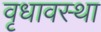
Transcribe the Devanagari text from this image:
वृधावस्था